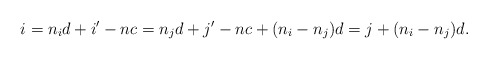
\begin{align*}i=n_id+i'-nc=n_jd+j'-nc +(n_i-n_j)d=j+(n_i-n_j)d.\end{align*}